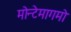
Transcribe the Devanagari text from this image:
मोन्टेमागमो